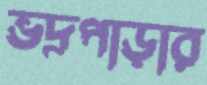
ভদ্রপাড়ার